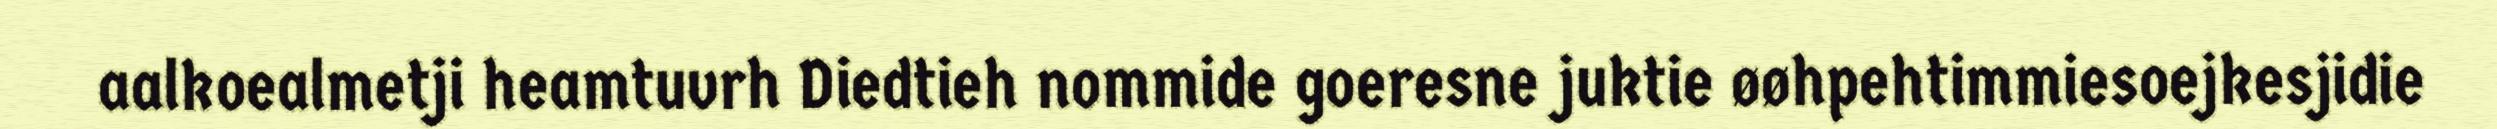
aalkoealmetji heamtuvrh Diedtieh nommide goeresne juktie øøhpehtimmiesoejkesjidie